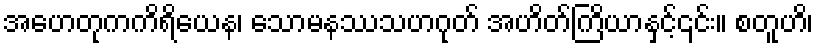
အဟေတုကကိရိယေန၊ သောမနဿသဟဂုတ် အဟိတ်ကြိယာနှင့်၎င်း။ စတူဟိ၊